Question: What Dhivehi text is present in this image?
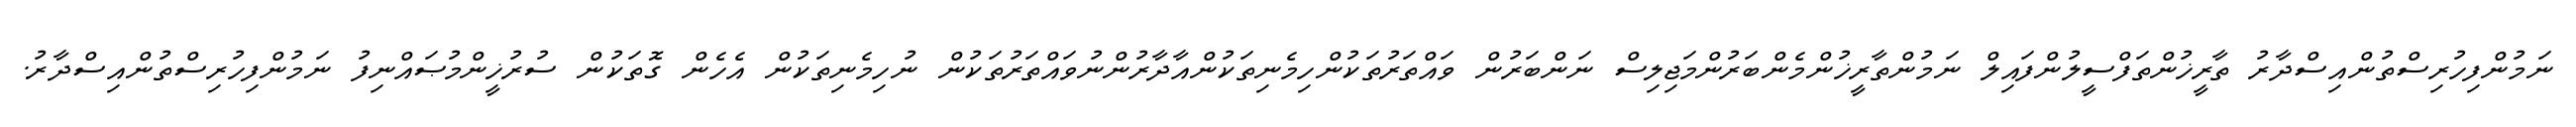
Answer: ނަމުންފިހުރިސްތުންއިސްދާރު ތާރީޚުންތަފްސީލުންފައިލް ނަމުންތާރީޚުންމެންބަރުންމަޖިލިސް ނަންބަރުން ވައްތަރުތަކުންހިމެނިތަކުންއާދާރުންނުވައްތަރުތަކުން ނުހިމެނިތަކުން އެހެން ގޮތަކުން ސުރުޚީންމުޞައްނިފު ނަމުންފިހުރިސްތުންއިސްދާރު.